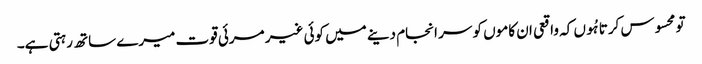
تو محسوس کرتا ہُوں کہ واقعی ان کاموں کو سر انجام دینے میں کوئی غیر مرئی قوت میرے ساتھ رہتی ہے۔